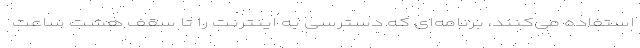
استفاده می‌کنند، برنامه‌ای که دسترسی به اینترنت را تا سقف هشت ساعت